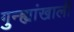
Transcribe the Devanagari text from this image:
गुन्ह्यांखाली